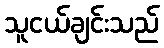
သူငယ်ချင်းသည်